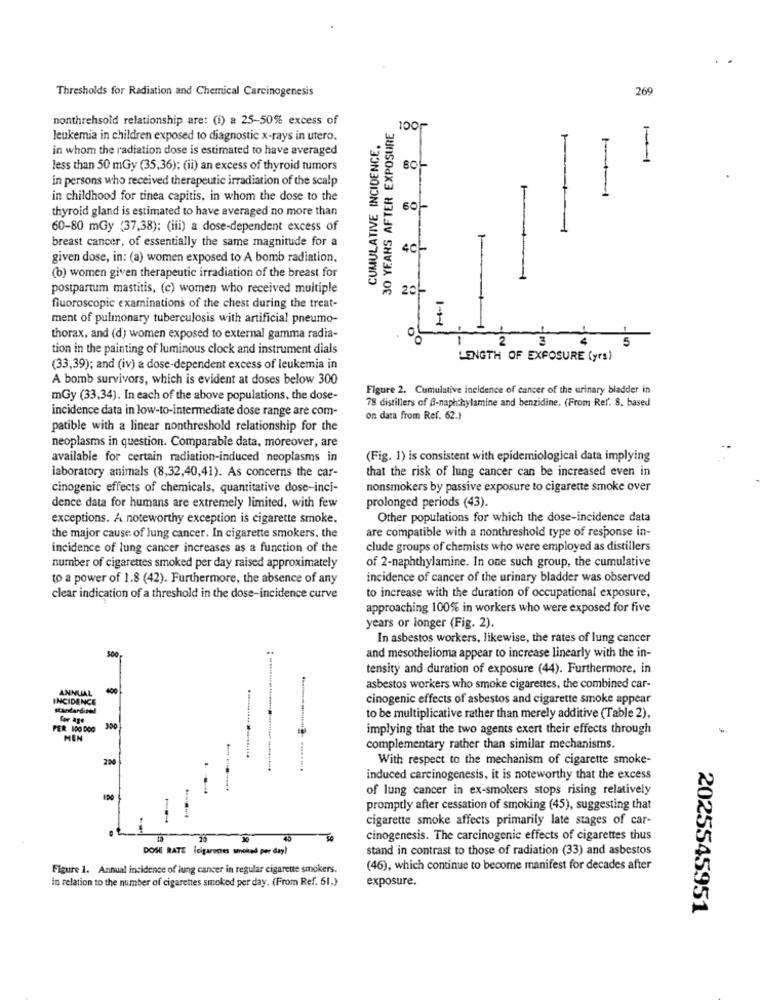
Thresholds for Radiation and Chemical Carcinogenesis
26
JOCt
nonthrehsold relationship are: (i) a 25-50% excess of
30 YEARS AFTER EXPOSURE
leukemia in children exposed to diagnostic x-rays in utero.
CUMULATIVE INCIDENCE,
in whom the radiation dose is estimated to have averaged
1-
less than 50 mGy (35,36): (ii) an excess of thyroid tumors
in persons who received therapeutic irradiation of the scalp
in childhood for tinea capitis, in whom the dose to the
thyroid gland is estimated to have averaged no more than
60
60-80 mGy (37,38); (iii) a dose-dependent excess of
breast cancer, of essentially the same magnitude for a
given dose, in: (a) women exposed to A bomb radiation.
(b) women given therapeutic irradiation of the breast for
postpartum mastitis, (c) women who received multiple
20
fluoroscopic examinations of the chest during the treat-
ment of pulmonary tuberculosis with artificial pneumo-
thorax, and (d) women exposed to external gamma radia-
00
2
4
5
tion in the painting of luminous clock and instrument dials
LENGTH OF EXPOSURE (yrs)
(33,39); and (iv) a dose-dependent excess of leukemia in
A bomb survivors, which is evident at doses below 300
Figure 2. Cumulative incidence of cancer of the urinary bladder in
mGy (33,34). In each of the above populations, the dose-
78 distillers of B-naph hylamine and benzidine. (From Ref. 8. based
incidence data in low-to-intermediate dose range are com-
on data from Ref. 62.1
patible with a linear nonthreshold relationship for the
neoplasms in question. Comparable data, moreover, are
available for certain radiation-induced neoplasms in
(Fig. 1) is consistent with epidemiological data implying
that the risk of lung cancer can be increased even in
laboratory animals (8,32,40,41). As concerns the car-
cinogenic effects of chemicals, quantitative dose-inci-
nonsmokers by passive exposure to cigarette smoke over
prolonged periods (43).
dence data for humans are extremely limited, with few
exceptions. A noteworthy exception is cigarette smoke.
Other populations for which the dose-incidence data
are compatible with a nonthreshold type of response in-
the major cause of lung cancer. In cigarette smokers, the
incidence of lung cancer increases as a function of the
clude groups of chemists who were employed as distillers
number of cigarettes smoked per day raised approximately
of 2-naphthylamine. In one such group, the cumulative
to a power of 1.8 (42). Furthermore, the absence of any
incidence of cancer of the urinary bladder was observed
clear indication of a threshold in the dose-incidence curve
to increase with the duration of occupational exposure,
approaching 100% in workers who were exposed for five
years or longer (Fig. 2).
In asbestos workers, likewise, the rates of lung cancer
500
and mesothelioma appear to increase linearly with the in-
tensity and duration of exposure (44). Furthermore, in
ANNUAL
400
asbestos workers who smoke cigarettes, the combined car-
INCIDENCE
cinogenic effects of asbestos and cigarette smoke appear
standardinnl
for age
to be multiplicative rather than merely additive (Table 2),
PER 100 000
implying that the two agents exert their effects through
MEN
complementary rather than similar mechanisms.
With respect to the mechanism of cigarette smoke-
induced carcinogenesis, it is noteworthy that the excess
of lung cancer in ex-smokers stops rising relatively
promptly after cessation of smoking (45), suggesting that
cigarette smoke affects primarily late stages of car-
15
40
cinogenesis. The carcinogenic effects of cigarettes thus
DOSE RATE (cigarones smoked per day!
stand in contrast to those of radiation (33) and asbestos
Figure 1. Annual incidence of lung cancer in regular cigarette smokers.
(46), which continue to become manifest for decades after
In relation to the number of cigarettes smoked per day. (From Ref. 61.)
exposure.
2025545951